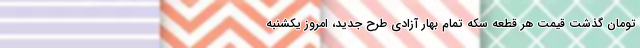
تومان گذشت قیمت هر قطعه سکه تمام بهار آزادی طرح جدید، امروز یکشنبه